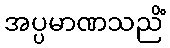
အပ္ပမာဏသညိံ